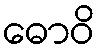
ဓောဝိ